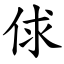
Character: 俅